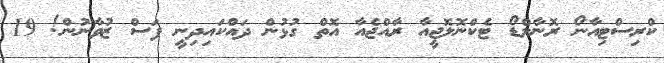
ކްރިސްޓިއާނޯ ރޮނާލްޑޯ ޓެކްނޮލޮޖީއާ ރާއްޖެއާ އޮތް ގުޅުން ދައްކައިދިނީ ފަސް ޒުވާނުން! 19